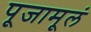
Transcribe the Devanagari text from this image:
पूजामूलं